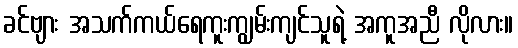
ခင်ဗျား အသက်ကယ်ရေကူးကျွမ်းကျင်သူရဲ့ အကူအညီ လိုလား။